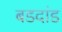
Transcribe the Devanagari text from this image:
बडदांड